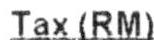
TAX(RM)